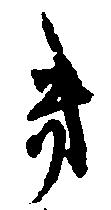
き